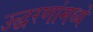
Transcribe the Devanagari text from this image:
उद्धरणांमध्ये